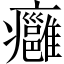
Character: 癰